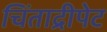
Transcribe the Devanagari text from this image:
चिंताद्रीपेट